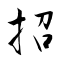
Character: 招